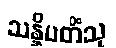
သန္နိပတိံသု